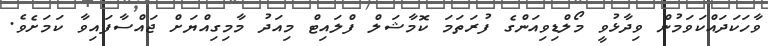
ވާހަކަދައްކަވަމުން ވިދާޅުވީ މޯލްޑިވިއަންގެ ފުރަތަމަ ކޮމާޝަލް ފްލައިޓް މިއަދު މާމިގިއްޔަށް ޖައްސާފައިވާ ކަމަށެވެ.